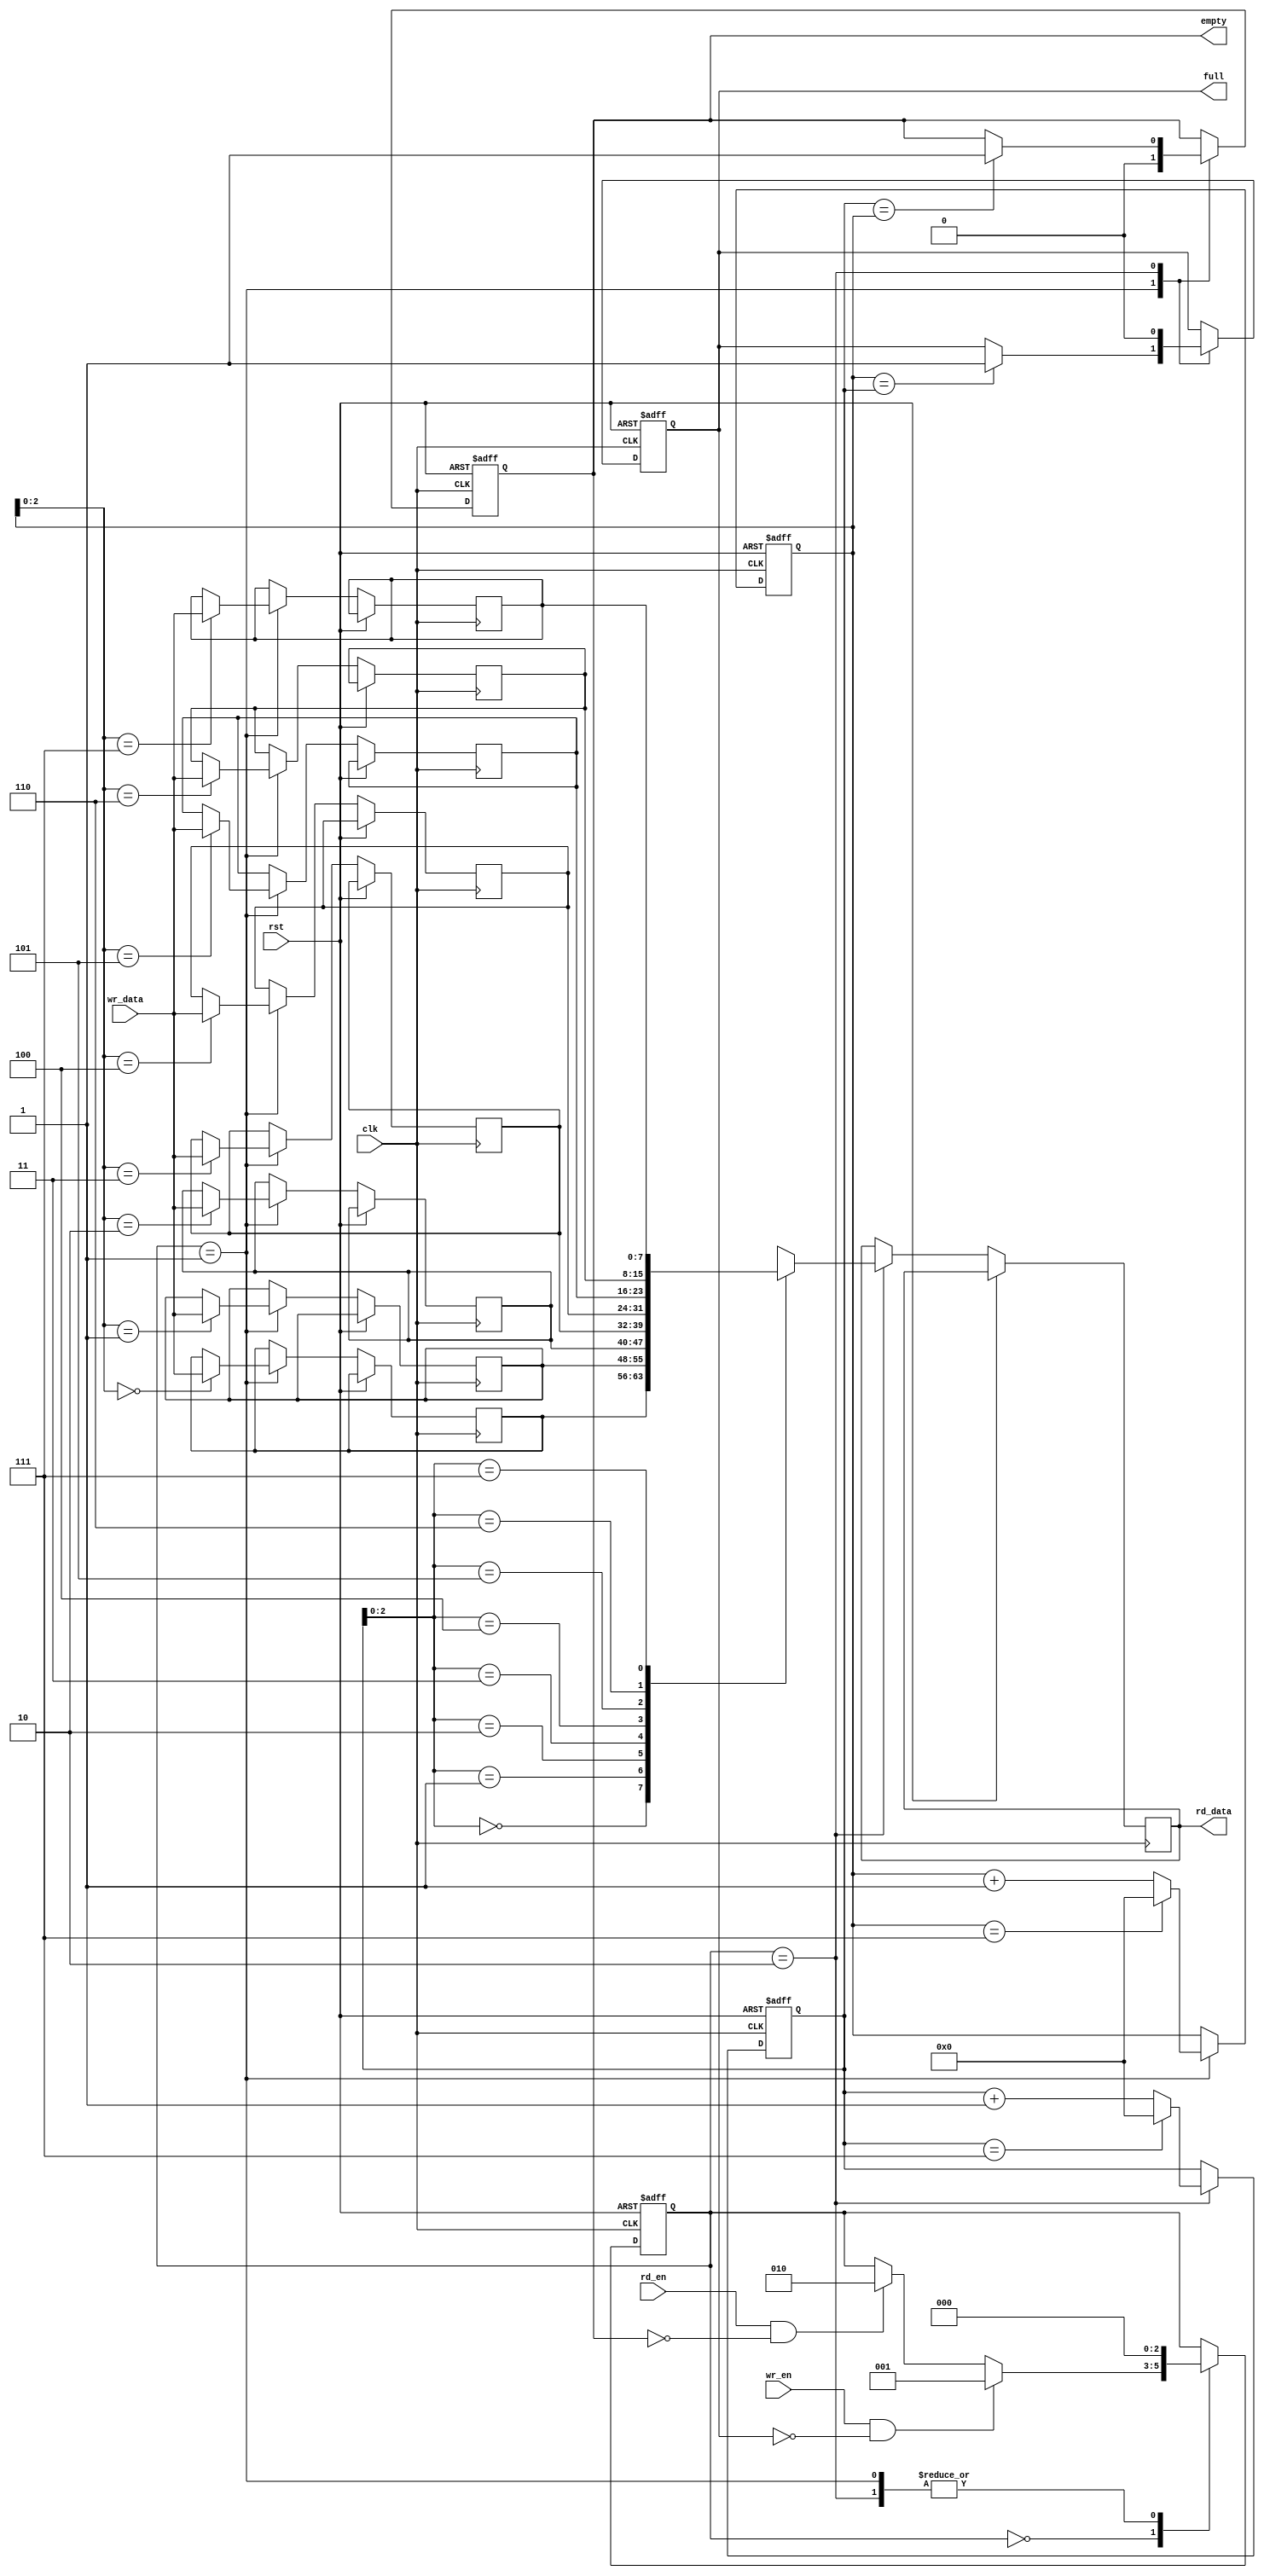
module fifo_buffer (
    input wire clk,
    input wire rst,
    input wire wr_en,
    input wire [DATA_WIDTH-1:0] wr_data,
    input wire rd_en,
    output reg [DATA_WIDTH-1:0] rd_data,
    output reg full,
    output reg empty
);

parameter FIFO_DEPTH = 8;
parameter DATA_WIDTH = 8;
reg [DATA_WIDTH-1:0] fifo [FIFO_DEPTH-1:0];
reg [2:0] state;
reg [3:0] wr_ptr, rd_ptr;

always @(posedge clk or posedge rst) begin
    if (rst) begin
        state <= 3'b000;
        wr_ptr <= 0;
        rd_ptr <= 0;
        full <= 0;
        empty <= 1;
    end else begin
        case (state)
            3'b000: begin // Idle state
                if (wr_en && !full) begin
                    state <= 3'b001; // Transition to write state
                end else if (rd_en && !empty) begin
                    state <= 3'b010; // Transition to read state
                end
            end
            3'b001: begin // Write state
                fifo[wr_ptr] <= wr_data;
                if (wr_ptr == FIFO_DEPTH-1) begin
                    wr_ptr <= 0;
                end else begin
                    wr_ptr <= wr_ptr + 1;
                end
                state <= 3'b000; // Transition back to idle state
                if (wr_ptr == rd_ptr) begin
                    full <= 1;
                end
                if (empty) begin
                    empty <= 0;
                end
            end
            3'b010: begin // Read state
                rd_data <= fifo[rd_ptr];
                if (rd_ptr == FIFO_DEPTH-1) begin
                    rd_ptr <= 0;
                end else begin
                    rd_ptr <= rd_ptr + 1;
                end
                state <= 3'b000; // Transition back to idle state
                if (rd_ptr == wr_ptr) begin
                    empty <= 1;
                end
                if (full) begin
                    full <= 0;
                end
            end
        endcase
    end
end

endmodule